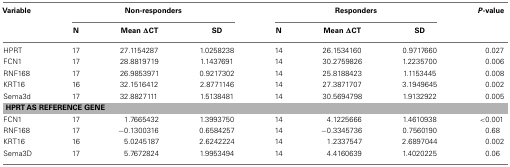
<table><thead><tr><td><b>Variable</b></td><td colspan="3"><b>Non-responders</b></td><td colspan="3"><b>Responders</b></td><td><b><i>P</i>-value</b></td></tr><tr><td></td><td><b>N</b></td><td><b>Mean ΔCT</b></td><td><b>SD</b></td><td><b>N</b></td><td><b>Mean ΔCT</b></td><td><b>SD</b></td><td></td></tr></thead><tbody><tr><td>HPRT</td><td>17</td><td>27.1154287</td><td>1.0258238</td><td>14</td><td>26.1534160</td><td>0.9717660</td><td>0.027</td></tr><tr><td>FCN1</td><td>17</td><td>28.8819719</td><td>1.1437691</td><td>14</td><td>30.2759826</td><td>1.2235700</td><td>0.006</td></tr><tr><td>RNF168</td><td>17</td><td>26.9853971</td><td>0.9217302</td><td>14</td><td>25.8188423</td><td>1.1153445</td><td>0.008</td></tr><tr><td>KRT16</td><td>16</td><td>32.1516412</td><td>2.8771146</td><td>14</td><td>27.3871707</td><td>3.1949645</td><td>0.002</td></tr><tr><td>Sema3d</td><td>17</td><td>32.8827111</td><td>1.5138481</td><td>14</td><td>30.5694798</td><td>1.9132922</td><td>0.005</td></tr><tr><td colspan="8"><b>HPRT AS REFERENCE GENE</b></td></tr><tr><td>FCN1</td><td>17</td><td>1.7665432</td><td>1.3993750</td><td>14</td><td>4.1225666</td><td>1.4610938</td><td>&lt;0.001</td></tr><tr><td>RNF168</td><td>17</td><td>−0.1300316</td><td>0.6584257</td><td>14</td><td>−0.3345736</td><td>0.7560190</td><td>0.68</td></tr><tr><td>KRT16</td><td>16</td><td>5.0245187</td><td>2.6242224</td><td>14</td><td>1.2337547</td><td>2.6897044</td><td>0.002</td></tr><tr><td>Sema3D</td><td>17</td><td>5.7672824</td><td>1.9953494</td><td>14</td><td>4.4160639</td><td>1.4020225</td><td>0.06</td></tr></tbody></table>